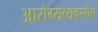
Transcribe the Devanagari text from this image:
आरोग्यव्यवस्थेत